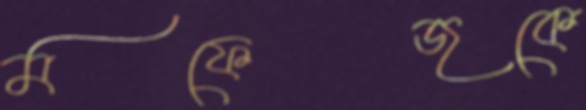
মফেজকে